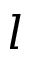
l